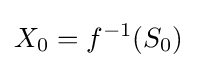
X_{0}=f^{-1}(S_{0})